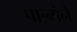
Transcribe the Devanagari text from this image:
पाल्मेने